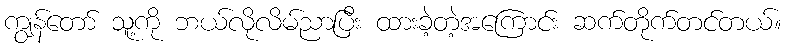
ကျွန်တော် သူ့ကို ဘယ်လိုလိမ်ညာပြီး ထားခဲ့တဲ့အကြောင်း ဆက်တိုက်တင်တယ်။